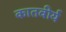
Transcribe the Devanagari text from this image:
कातवीर्य